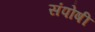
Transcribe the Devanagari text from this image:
संपोषी